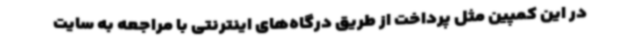
در این کمپین مثل پرداخت از طریق درگاه‌های اینترنتی با مراجعه به سایت